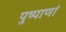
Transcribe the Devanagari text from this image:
पुष्पाणां